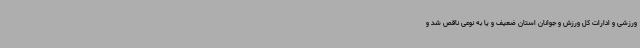
ورزشی و ادارات کل ورزش و جوانان استان ضعیف و یا به نوعی ناقص شد و